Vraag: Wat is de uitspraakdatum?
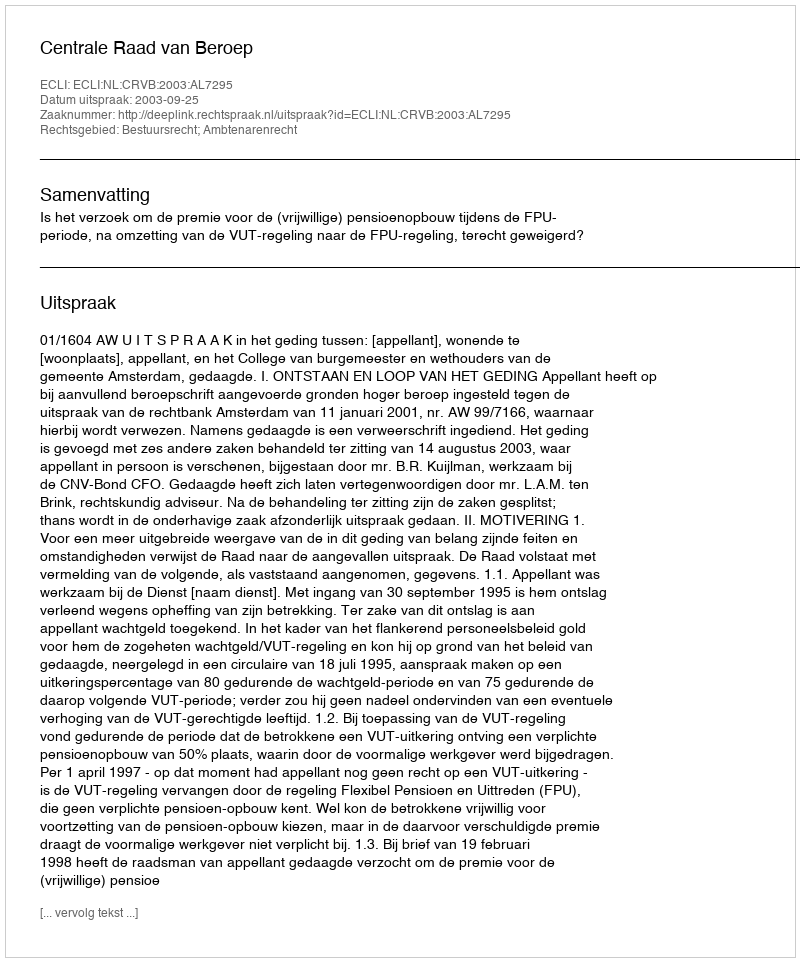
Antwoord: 2003-09-25